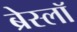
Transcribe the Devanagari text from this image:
ब्रेस्लॉ